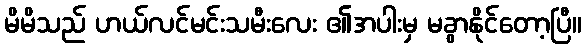
မိမိသည် ဟယ်လင်မင်းသမီးလေး ၏အပါးမှ မခွာနိုင်တော့ပြီ။